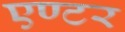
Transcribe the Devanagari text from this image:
एण्टर